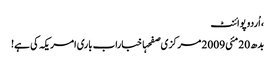
، اُردو پوائنٹ
بدھ 20 مئی 2009 مرکزی صفحہاخباراب باری امریکہ کی ہے!